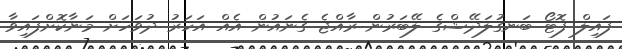
ފައިލް ފޮޓޯ ބަނގުލަދޭޝްގެ ލޭބަރުން ރާއްޖެ ގެނައުން އެއް އަހަރު ދުވަހަށް މަނާކޮށްފައިވާ